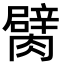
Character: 𦡜